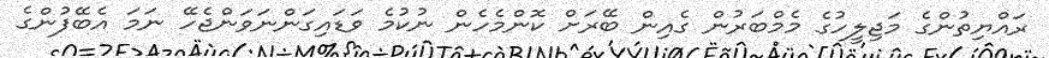
ރައްޔިތުންގެ މަޖިލީހުގެ މެމްބަރުން ގެއިން ބޭރަށް ކޮންމެހެން ނުކުމެ ވަޑައިގަންނަވަންޖެހޭ ނަމަ އެބޭފުންގެ